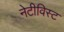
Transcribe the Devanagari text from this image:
नेटीविस्ट